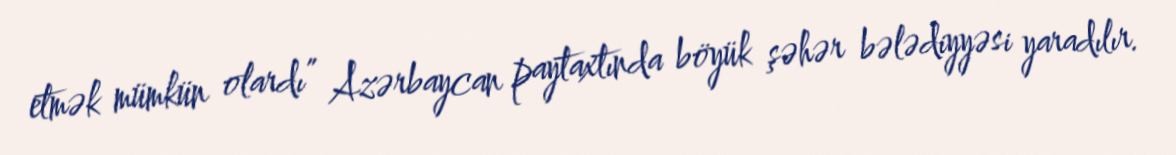
etmək mümkün olardı” Azərbaycan paytaxtında böyük şəhər bələdiyyəsi yaradılır.